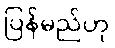
ပြန်မည်ဟု